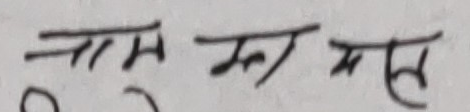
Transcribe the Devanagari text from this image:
नाम थर र ठेगाना